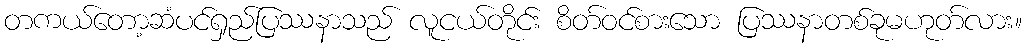
တကယ်တော့ဆံပင်ရှည်ပြဿနာသည် လူငယ်တိုင်း စိတ်ဝင်စားသော ပြဿနာတစ်ခုမဟုတ်လား။